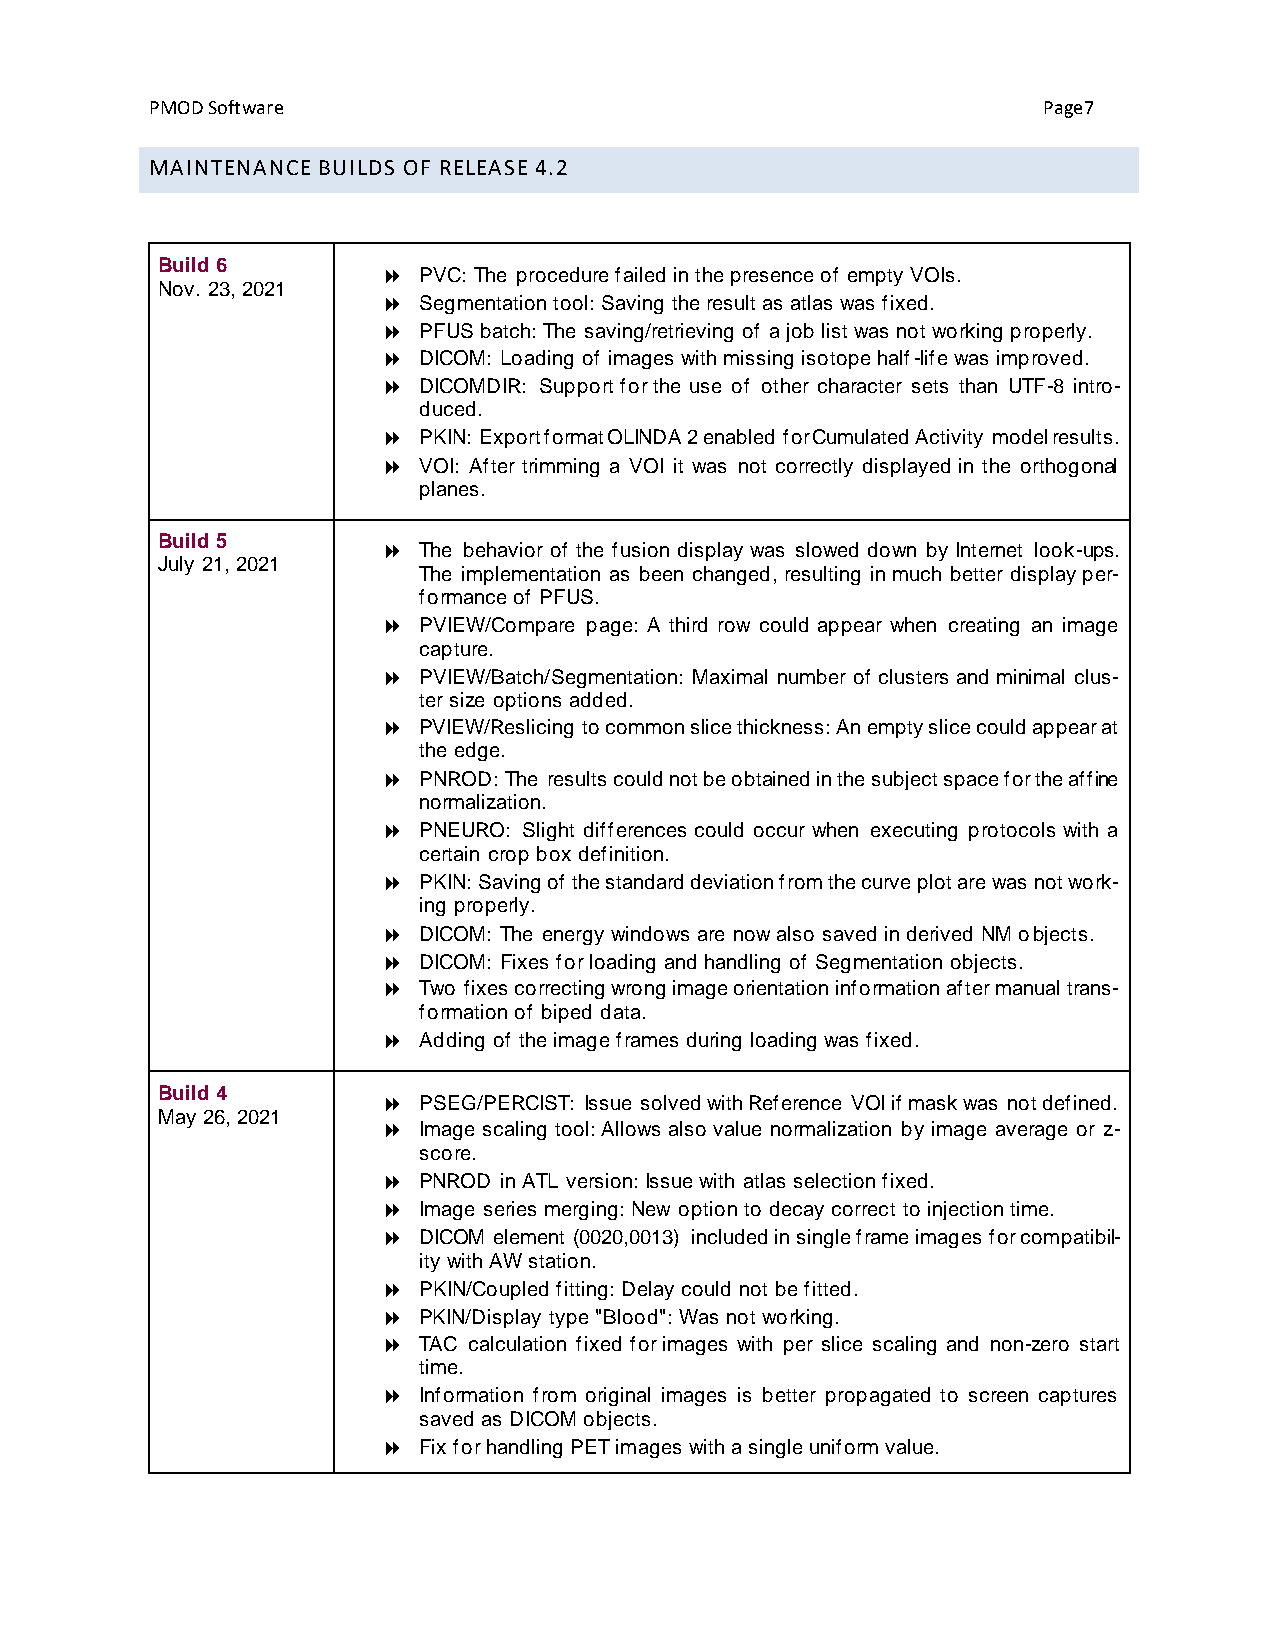
PMOD Software                                              Page7
 MAINTENANCE BUILDS OF RELEASE 4.2
 Build 6
   PVC: The procedure failed in the presence of empty VOIs.
 Nov. 23, 2021
   Segmentation tool: Saving the result as atlas was fixed.
   PFUS batch: The saving/retrieving of a job list was not working properly.
   DICOM: Loading of images with missing isotope half-life was improved.
   DICOMDIR: Support for the use of other character sets than UTF-8 intro-
 duced.
   PKIN: Export format OLINDA 2 enabled for Cumulated Activity model results.
   VOI: After trimming a VOI it was not correctly displayed in the orthogonal
 planes.
 Build 5
   The behavior of the fusion display was slowed down by Internet look-ups.
 July 21, 2021
 The implementation as been changed, resulting in much better display per-
 formance of PFUS.
   PVIEW/Compare page: A third row could appear when creating an image
 capture.
   PVIEW/Batch/Segmentation: Maximal number of clusters and minimal clus-
 ter size options added.
   PVIEW/Reslicing to common slice thickness: An empty slice could appear at
 the edge.
   PNROD: The results could not be obtained in the subject space for the affine
 normalization.
   PNEURO: Slight differences could occur when executing protocols with a
 certain crop box definition.
   PKIN: Saving of the standard deviation from the curve plot are was not work-
 ing properly.
   DICOM: The energy windows are now also saved in derived NM objects.
   DICOM: Fixes for loading and handling of Segmentation objects.
   Two fixes correcting wrong image orientation information after manual trans-
 formation of biped data.
   Adding of the image frames during loading was fixed.
 Build 4
   PSEG/PERCIST: Issue solved with Reference VOI if mask was not defined.
 May 26, 2021
   Image scaling tool: Allows also value normalization by image average or z-
 score.
   PNROD in ATL version: Issue with atlas selection fixed.
   Image series merging: New option to decay correct to injection time.
   DICOM element (0020,0013) included in single frame images for compatibil-
 ity with AW station.
   PKIN/Coupled fitting: Delay could not be fitted.
   PKIN/Display type "Blood": Was not working.
   TAC calculation fixed for images with per slice scaling and non-zero start
 time.
   Information from original images is better propagated to screen captures
 saved as DICOM objects.
   Fix for handling PET images with a single uniform value.